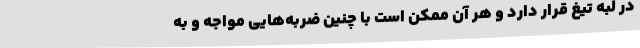
در لبه تیغ قرار دارد و هر آن ممکن است با چنین ضربه‌هایی مواجه و به